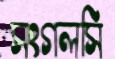
সংগলসি